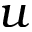
u